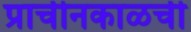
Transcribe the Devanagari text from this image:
प्राचीनकाळची